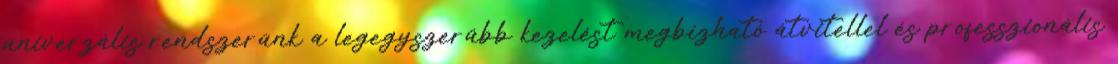
univerzális rendszerünk a legegyszerűbb kezelést megbízható átvitellel és professzionális